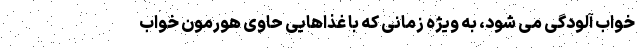
خواب آلودگی می شود، به ویژه زمانی که با غذاهایی حاوی هورمون خواب